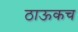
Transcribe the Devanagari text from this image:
ठाऊकच